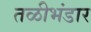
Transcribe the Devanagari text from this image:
तळीभंडार